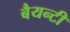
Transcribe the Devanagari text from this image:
बैयन्टी